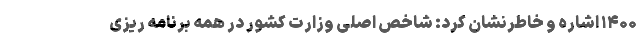
۱۴۰۰ اشاره و خاطرنشان کرد: شاخص اصلی وزارت کشور در همه برنامه ریزی